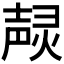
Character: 𤍌